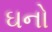
ઘનો